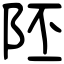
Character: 𨸹